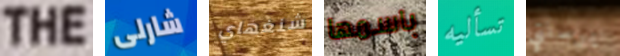
THE شارلى شنغهاي باسمها تسأليه يرسلني